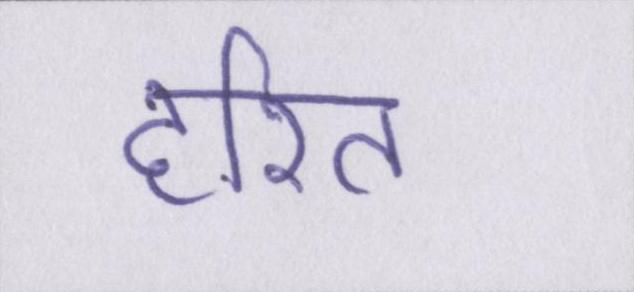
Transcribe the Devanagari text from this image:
हरित